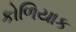
કોળિયાક